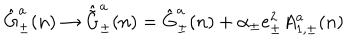
LaTeX: \hat { \mathrm { G } } _ { \pm } ^ { a } ( n ) \rightarrow \hat { \tilde { \mathrm { G } } } _ { \pm } ^ { a } ( n ) = \hat { \mathrm { G } } _ { \pm } ^ { a } ( n ) + \alpha _ { \pm } e _ { \pm } ^ { 2 } A _ { 1 , \pm } ^ { a } ( n )